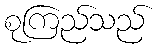
စုကြည်သည်